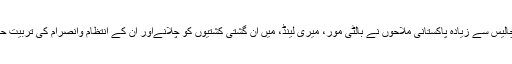
گزشتہ برس چالیس سے زیادہ پاکستانی ملاحوں نے بالٹی مور، میری لینڈ، میں ان گشتی کشتیوں کو چلانےاور ان کے انتظام وانصرام کی تربیت حاصل کی تھی۔